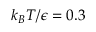
k _ { B } T / \epsilon = 0 . 3